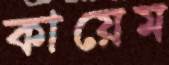
কায়েম